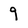
Character: 9